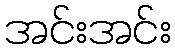
အင်းအင်း